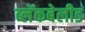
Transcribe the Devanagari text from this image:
ब्लॅकबेलीड